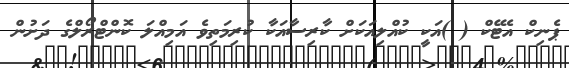
ޕެނިކް އެޓޭކް ( )އަކީ ކުއްލިއަކަށް ކާރިސާއަކާ ކުރިމަތިވެ އަމިއްލަ ކޮންޓްރޯލްގެ ދަށުން